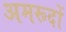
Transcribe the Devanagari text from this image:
अमरूदों